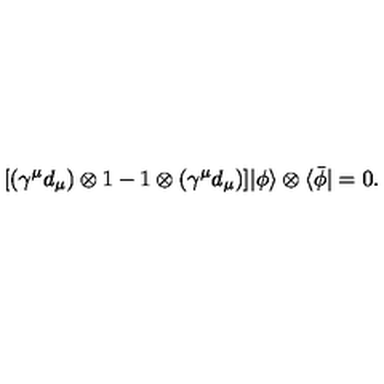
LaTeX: \lbrack ( \gamma ^ { \mu } { d } _ { \mu } ) \otimes 1 - 1 \otimes ( \gamma ^ { \mu } { d } _ { \mu } ) ] | \phi \rangle \otimes \langle \bar { \phi } | = 0 .